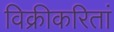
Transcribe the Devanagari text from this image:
विक्रीकरितां